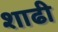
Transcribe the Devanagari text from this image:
शाढी